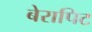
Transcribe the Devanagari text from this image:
बेरापिट